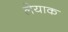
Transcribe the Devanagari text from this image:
लेयाक